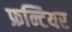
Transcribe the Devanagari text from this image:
फ्रन्टियर